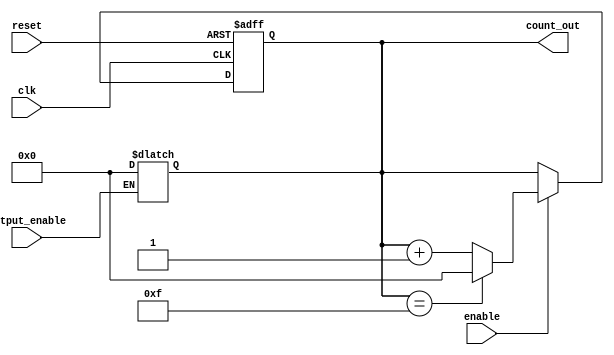
module SynchronousCounter (
    input wire clk,            // Clock input
    input wire reset,          // Asynchronous reset input
    input wire enable,         // Enable input
    input wire output_enable,   // Output enable signal
    output reg [3:0] count_out // 4-bit counter output
);

    // Maximum count value (15 in this case for a 4-bit counter)
    localparam MAX_COUNT = 4'b1111;

    always @(posedge clk or posedge reset) begin
        if (reset) begin
            // Reset the counter to zero
            count_out <= 4'b0000;
        end else if (enable) begin
            // Increment counter if enabled
            if (count_out == MAX_COUNT) begin
                count_out <= 4'b0000; // Wrap around to zero
            end else begin
                count_out <= count_out + 1'b1; // Increment count
            end
        end
    end

    // Output control logic
    always @(*) begin
        if (output_enable) begin
            // The output is the current count value when output is enabled
            count_out <= count_out;
        end else begin
            // If output is not enabled, you can define a specific behavior
            // For example, you can hold the last value or set it to a specific value.
            count_out <= 4'b0000; // Here we choose to output zero when disabled
        end
    end

endmodule